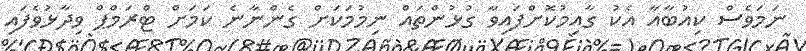
ނަމަވެސް ކިއުބާއާ އެކު ގާއިމުކޮށްފައިވާ ގުޅުންތައް ނިމުމަަކަށް ގެންނާނެ ކަމަށް ޓްރަމްޕް ވިދާޅުވެފައި